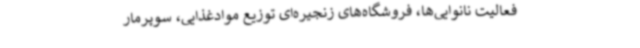
فعالیت نانوایی‌ها، فروشگاه‌های زنجیره‌ای توزیع موادغذایی، سوپرمار